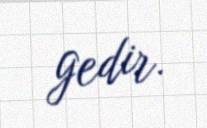
gedir.